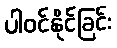
ပါဝင်နိုင်ခြင်း